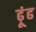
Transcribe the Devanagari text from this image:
ढ़ूंढ